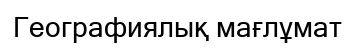
Географиялық мағлұмат